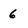
Character: 6